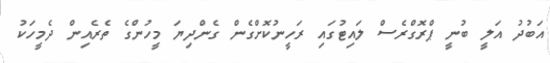
އަބުދު އަލީ ބުނީ ޕްރޮގްރެސް ލައިޓުގައި ރަހީނުކޮށްގެން ގެންދިޔަ މީހުންގެ ތެރެއިން ދެމީހަކު